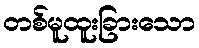
တစ်မူထူးခြားသော